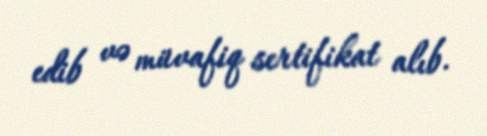
edib və müvafiq sertifikat alıb.